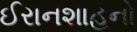
ઈરાનશાહનો